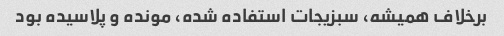
برخلاف همیشه، سبزیجات استفاده شده، مونده و پلاسیده بود